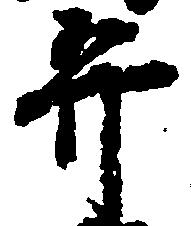
弁